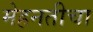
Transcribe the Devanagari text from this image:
मेहनतीचा